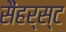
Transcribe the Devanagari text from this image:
सैंहर्स्ट